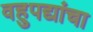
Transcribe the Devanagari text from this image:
वहुपद्यांचा